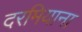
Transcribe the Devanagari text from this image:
दरमियाना